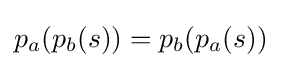
p_{a}(p_{b}(s))=p_{b}(p_{a}(s))